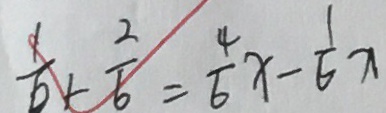
\frac { 1 } { 6 } + \frac { 2 } { 6 } = \frac { 4 } { 6 } x - \frac { 1 } { 6 } x